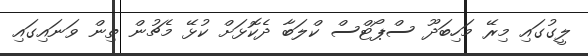
ލީގުގައި މިރޭ މަހިބަދޫ ސްޕޯޓްސް ކްލަބާ ދެކޮޅަށް ކުޅޭ މެޗުން ތިން ވަނައިގައި